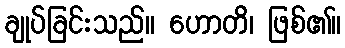
ချုပ်ခြင်းသည်။ ဟောတိ၊ ဖြစ်၏။